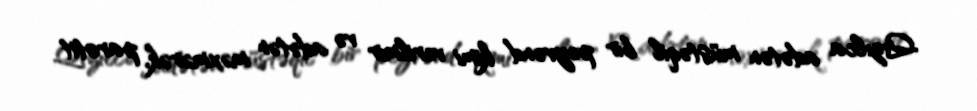
Qızılca adətən müstəqil bir peyvənd kimi verilmir və adətən məxmərək, parotit